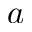
a